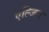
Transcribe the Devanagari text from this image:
एल्जिन